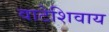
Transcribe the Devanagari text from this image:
वाटेशिवाय